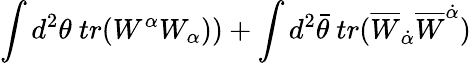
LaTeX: \int d^{2}\theta~tr(W^{\alpha}W_{\alpha}))+\int d^{2}\bar{\theta}~tr(\overline{{{W}}}_{\dot{\alpha}}\overline{{{W}}}^{\dot{\alpha}})